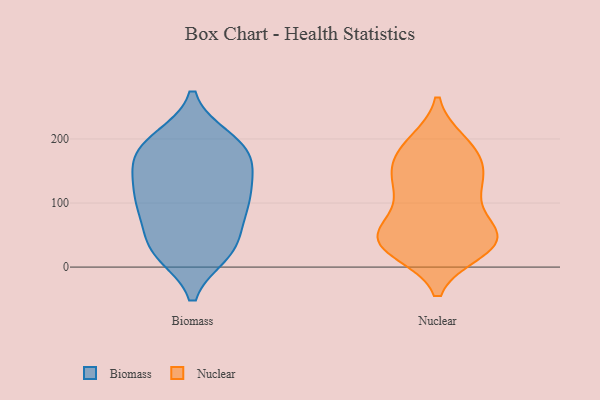
{"axis": {"x": "Website Visitors", "y": "Value"}, "legend": ["Biomass", "Nuclear"], "data": [{"x": "", "y": 96, "type": "Biomass"}, {"x": "", "y": 200, "type": "Biomass"}, {"x": "", "y": 88, "type": "Biomass"}, {"x": "", "y": 170, "type": "Biomass"}, {"x": "", "y": 45, "type": "Biomass"}, {"x": "", "y": 91, "type": "Biomass"}, {"x": "", "y": 22, "type": "Biomass"}, {"x": "", "y": 185, "type": "Biomass"}, {"x": "", "y": 24, "type": "Biomass"}, {"x": "", "y": 117, "type": "Biomass"}, {"x": "", "y": 190, "type": "Biomass"}, {"x": "", "y": 155, "type": "Biomass"}, {"x": "", "y": 162, "type": "Biomass"}, {"x": "", "y": 96, "type": "Biomass"}, {"x": "", "y": 26, "type": "Biomass"}, {"x": "", "y": 31, "type": "Biomass"}, {"x": "", "y": 119, "type": "Biomass"}, {"x": "", "y": 146, "type": "Biomass"}, {"x": "", "y": 199, "type": "Biomass"}, {"x": "", "y": 153, "type": "Nuclear"}, {"x": "", "y": 46, "type": "Nuclear"}, {"x": "", "y": 67, "type": "Nuclear"}, {"x": "", "y": 153, "type": "Nuclear"}, {"x": "", "y": 124, "type": "Nuclear"}, {"x": "", "y": 170, "type": "Nuclear"}, {"x": "", "y": 29, "type": "Nuclear"}, {"x": "", "y": 137, "type": "Nuclear"}, {"x": "", "y": 46, "type": "Nuclear"}, {"x": "", "y": 39, "type": "Nuclear"}, {"x": "", "y": 186, "type": "Nuclear"}, {"x": "", "y": 48, "type": "Nuclear"}, {"x": "", "y": 194, "type": "Nuclear"}, {"x": "", "y": 66, "type": "Nuclear"}, {"x": "", "y": 26, "type": "Nuclear"}, {"x": "", "y": 36, "type": "Nuclear"}, {"x": "", "y": 110, "type": "Nuclear"}, {"x": "", "y": 191, "type": "Nuclear"}, {"x": "", "y": 34, "type": "Nuclear"}, {"x": "", "y": 117, "type": "Nuclear"}]}